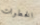
الخطوات